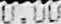
0.00